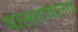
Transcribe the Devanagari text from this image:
चालताचालता